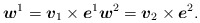
\begin{align*}\mbox{\mathversion{bold}$w$}^{1}=\mbox{\mathversion{bold}$v$}_{1}\times \mbox{\mathversion{bold}$e$}^{1} \mbox{\mathversion{bold}$w$}^{2}=\mbox{\mathversion{bold}$v$}_{2}\times \mbox{\mathversion{bold}$e$}^{2}.\end{align*}